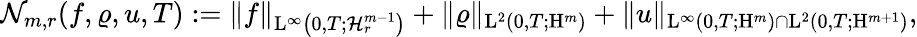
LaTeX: \begin{array}{r}{\mathcal{N}_{m,r}(f,\varrho,u,T):=\Vert f\Vert_{\mathrm{L}^{\infty}\left(0,T;\mathcal{H}_{r}^{m-1}\right)}+\Vert\varrho\Vert_{\mathrm{L}^{2}(0,T;\mathrm{H}^{m})}+\Vert u\Vert_{\mathrm{L}^{\infty}(0,T;\mathrm{H}^{m})\cap\mathrm{L}^{2}(0,T;\mathrm{H}^{m+1})},}\end{array}